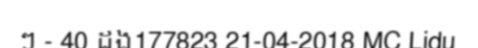
ៗ - 40 ដង177823 21-04-2018 MC Lidu